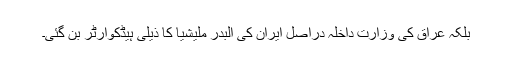
بلکہ عراق کی وزارت داخلہ دراصل ایران کی البدر ملیشیا کا ذیلی ہیڈکوارٹر بن گئی۔